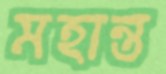
মহান্ত